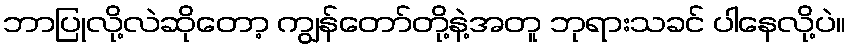
ဘာပြုလို့လဲဆိုတော့ ကျွန်တော်တို့နဲ့အတူ ဘုရားသခင် ပါနေလို့ပဲ။